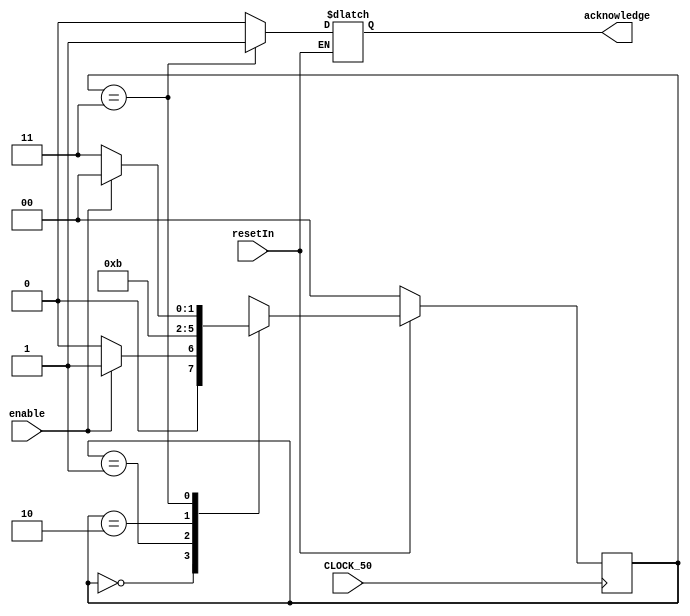
module readFromMM(input enable, output reg acknowledge, input CLOCK_50, input resetIn);
	
	reg [1:0]state_Q;
	reg [1:0]state_D;
	
	always@(*)
	begin
		if(resetIn)
		begin
			case(state_Q)
				
				2'b00:begin
					if(enable)
						state_D<=2'b01;
					else
						state_D<=2'b00;
					
					acknowledge=0;
				
				end
				
				2'b01:begin
					
					state_D<=2'b10;
					
					acknowledge=0;
				
				end
				
				
				2'b10:begin
					
					state_D<=2'b11;
					
					acknowledge=0;
				
				end
				
				2'b11:begin
					if(enable)
						state_D<=2'b00;
					else
						state_D<=2'b11;
					
					acknowledge=1;
				
				end
				
			
			endcase
		end
		else
		begin
			state_D<=2'b00;	
		end
	
	end
	
	always@(posedge CLOCK_50)
	begin
		state_Q<=state_D;
	end
	
endmodule